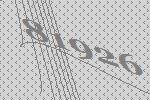
81926